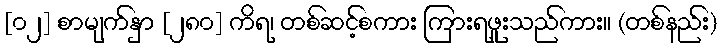
[၀၂] စာမျက်နှာ [၂၈၀] ကိရ၊ တစ်ဆင့်စကား ကြားရဖူးသည်ကား။ (တစ်နည်း)